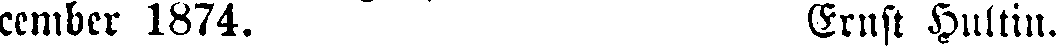
cembcr 1874. Ernst Hultin.